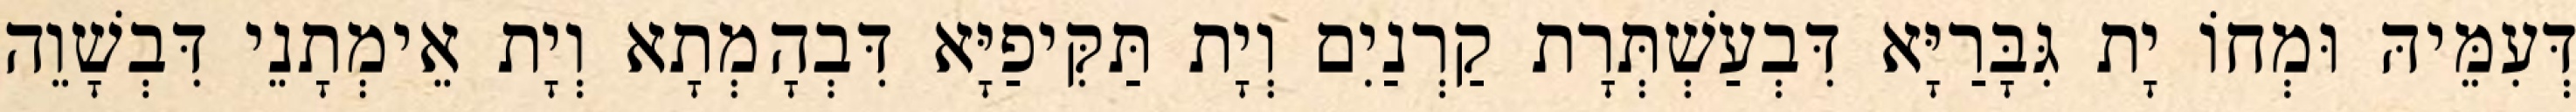
דְּעִמֵּיהּ וּמְחוֹ יָת גִּבָּרַיָּא דִּבְעַשְׁתְּרָת קַרְנַיִם וְיָת תַּקִּיפַיָּא דִּבְהָמְתָא וְיָת אֵימְתָנֵי דִּבְשָׁוֵה